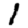
Digit: 1